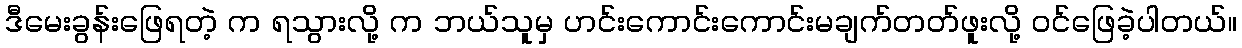
ဒီမေးခွန်းဖြေရတဲ့ က ရသွားလို့ က ဘယ်သူမှ ဟင်းကောင်းကောင်းမချက်တတ်ဖူးလို့ ဝင်ဖြေခဲ့ပါတယ်။